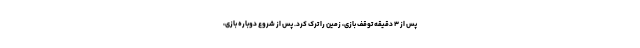
پس از ۳ دقیقه توقف بازی، زمین را ترک کرد. پس از شروع دوباره بازی،